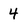
Character: 4